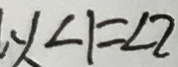
y 、 \angle 1 = \angle 2